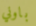
باوني